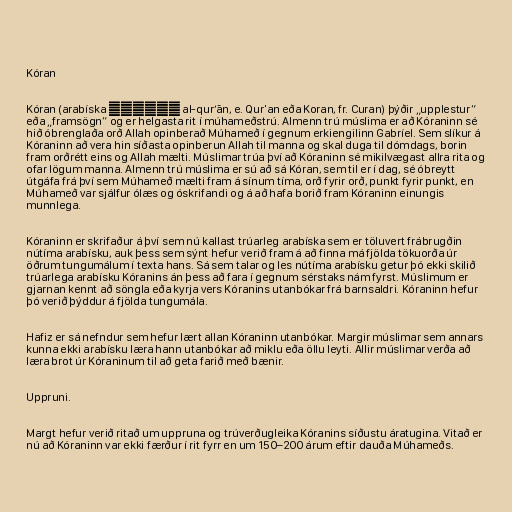
Kóran

Kóran (arabíska القرآن‎ al-qur’ān, e. Qur'an eða Koran, fr. Curan) þýðir „upplestur“
eða „framsögn“ og er helgasta rit í múhameðstrú. Almenn trú múslima er að Kóraninn sé
hið óbrenglaða orð Allah opinberað Múhameð í gegnum erkiengilinn Gabríel. Sem slíkur á
Kóraninn að vera hin síðasta opinberun Allah til manna og skal duga til dómdags, borin
fram orðrétt eins og Allah mælti. Múslimar trúa því að Kóraninn sé mikilvægast allra rita og
ofar lögum manna. Almenn trú múslima er sú að sá Kóran, sem til er í dag, sé óbreytt
útgáfa frá því sem Múhameð mælti fram á sínum tíma, orð fyrir orð, punkt fyrir punkt, en
Múhameð var sjálfur ólæs og óskrifandi og á að hafa borið fram Kóraninn einungis
munnlega.

Kóraninn er skrifaður á því sem nú kallast trúarleg arabíska sem er töluvert frábrugðin
nútíma arabísku, auk þess sem sýnt hefur verið fram á að finna má fjölda tökuorða úr
öðrum tungumálum í texta hans. Sá sem talar og les nútíma arabísku getur þó ekki skilið
trúarlega arabísku Kóranins án þess að fara í gegnum sérstaks nám fyrst. Múslimum er
gjarnan kennt að söngla eða kyrja vers Kóranins utanbókar frá barnsaldri. Kóraninn hefur
þó verið þýddur á fjölda tungumála.

Hafiz er sá nefndur sem hefur lært allan Kóraninn utanbókar. Margir múslimar sem annars
kunna ekki arabísku læra hann utanbókar að miklu eða öllu leyti. Allir múslimar verða að
læra brot úr Kóraninum til að geta farið með bænir.

Uppruni.

Margt hefur verið ritað um uppruna og trúverðugleika Kóranins síðustu áratugina. Vitað er
nú að Kóraninn var ekki færður í rit fyrr en um 150–200 árum eftir dauða Múhameðs.